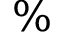
\%